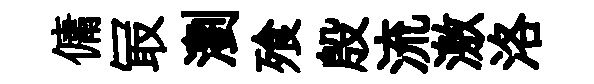
傭冣瀏飱殷流激洛